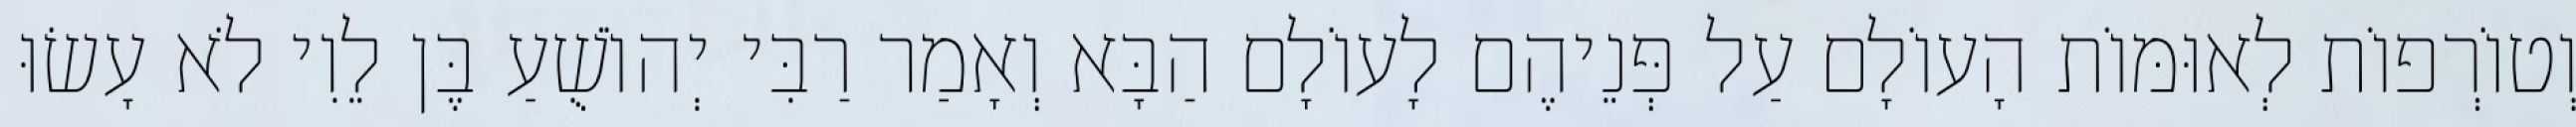
וְטוֹרְפוֹת לְאוּמּוֹת הָעוֹלָם עַל פְּנֵיהֶם לָעוֹלָם הַבָּא וְאָמַר רַבִּי יְהוֹשֻׁעַ בֶּן לֵוִי לֹא עָשׂוּ